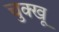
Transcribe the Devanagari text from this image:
चुक्खू